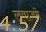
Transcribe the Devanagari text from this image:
लवाजमे